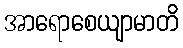
အာရောစေယျာမာတိ